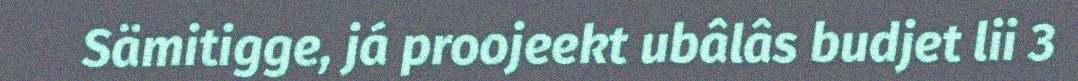
Sämitigge, já proojeekt ubâlâs budjet lii 3